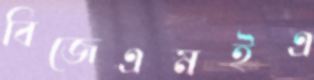
বিজেএমইএ